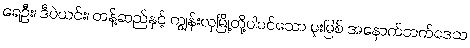
ရေဦး၊ ဒီပဲယင်း၊ တန့်ဆည်နှင့် ကျွန်းလှမြို့တို့ပါဝင်သော မူးမြစ် အနောက်ဘက်ဒေသ